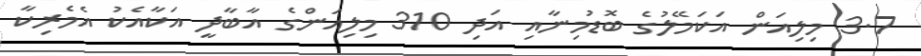
3.7 މިލިއަން އަކަމޭލުގެ ބޮޑުމިނާއި އަދި 310 މިލިއަންގެ އާބާދީ އަކާއެކު އެމެރިކާ